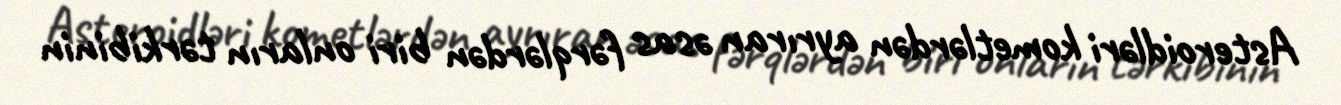
Asteroidləri kometlərdən ayrıran əsas fərqlərdən biri onların tərkibinin